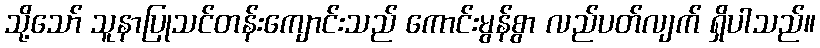
သို့သော် သူနာပြုသင်တန်းကျောင်းသည် ကောင်းမွန်စွာ လည်ပတ်လျက် ရှိပါသည်။